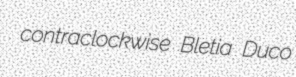
contraclockwise Bletia Duco